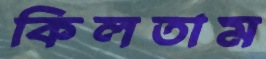
কিলতাম